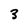
Character: 3